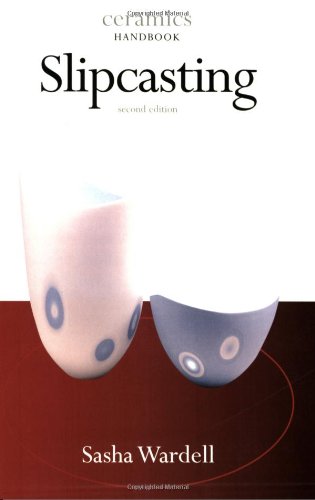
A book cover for Slipcasting (Ceramics Handbooks); Sasha Wardell; Crafts, Hobbies & Home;